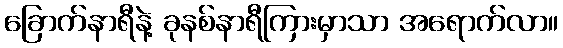
ခြောက်နာရီနဲ့ ခုနစ်နာရီကြားမှာသာ အရောက်လာ။